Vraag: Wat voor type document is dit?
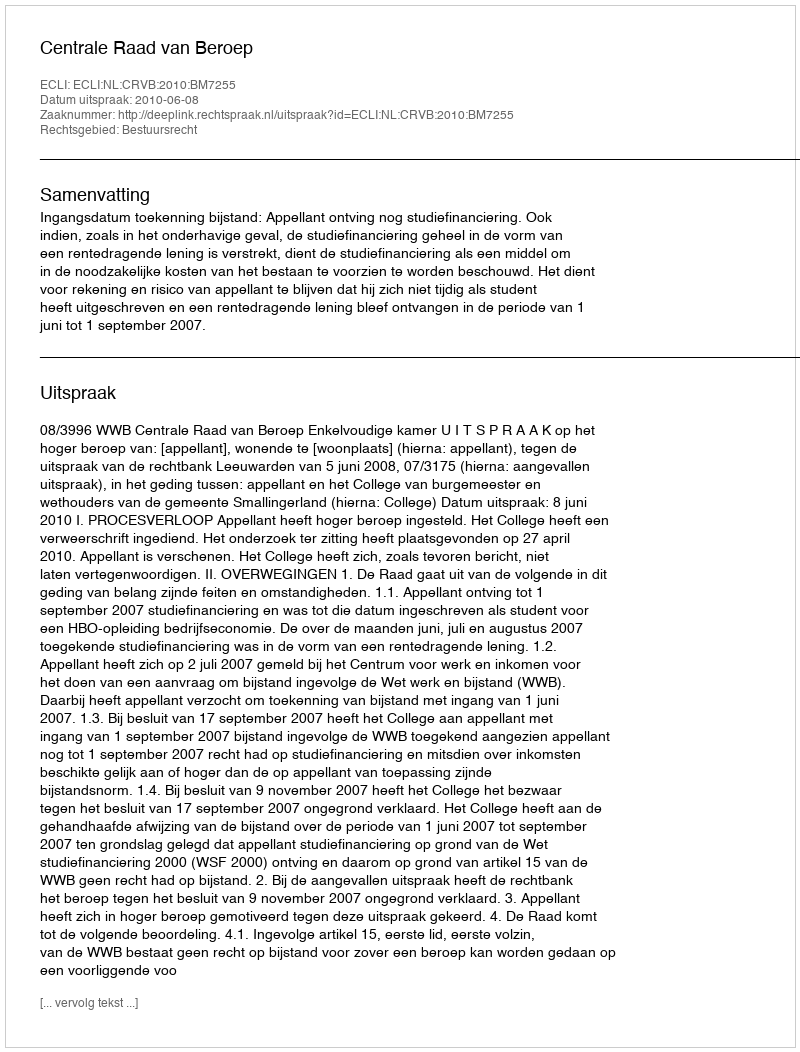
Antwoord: Uitspraak